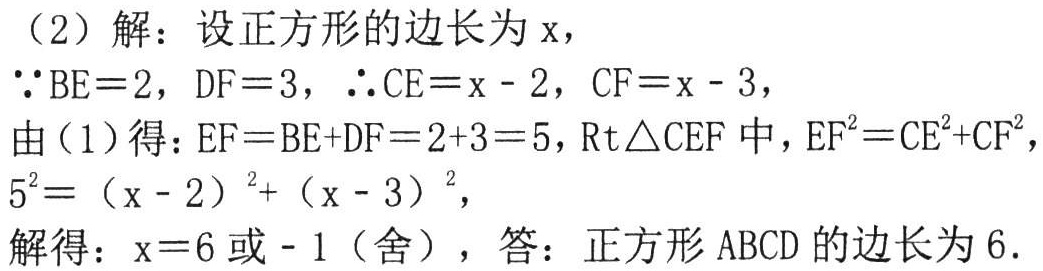
（2）解：设正方形的边长为\(x\)，

\(\because BE = 2\)，\(DF = 3\)，\(\therefore CE=x - 2\)，\(CF=x - 3\)，

由（1）得：\(EF=BE + DF=2 + 3 = 5\)，\(\text{Rt}\triangle CEF\)中，\(EF^{2}=CE^{2}+CF^{2}\)，

\(5^{2}=(x - 2)^{2}+(x - 3)^{2}\)，

解得：\(x = 6\)或\(-1\)（舍），答：正方形\(ABCD\)的边长为\(6\).